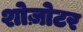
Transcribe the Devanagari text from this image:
शोज़ोटर